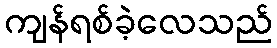
ကျန်ရစ်ခဲ့လေသည်